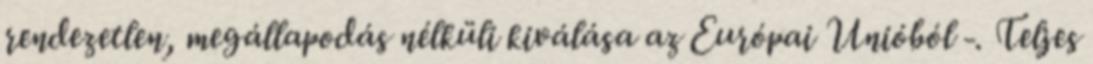
rendezetlen, megállapodás nélküli kiválása az Európai Unióból -. Teljes